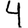
Digit: 4